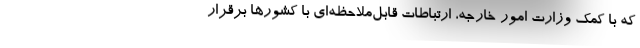
که با کمک وزارت امور خارجه، ارتباطات قابل‌ملاحظه‌ای با کشورها برقرار